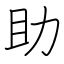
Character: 助